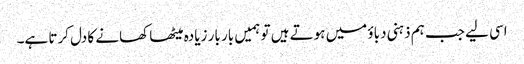
اسی لیے جب ہم ذہنی دباؤ میں ہوتے ہیں تو ہمیں بار بار زیادہ میٹھا کھانے کا دل کرتا ہے۔